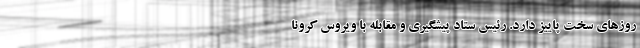
روز‌های سخت پاییز دارد. رئیس ستاد پیشگیری و مقابله با ویروس کرونا